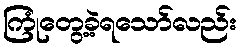
ကြုံတွေ့ခဲ့ရသော်လည်း